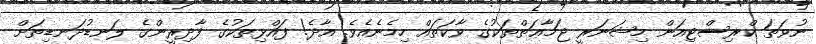
ނުވަތަ ކްރިސްޓިއަން މިޝަނަރީ ޖަމާޢަތްތަކުގެ ވާކަތައް ހިމެނެއެވެ. އާދެ! ފައްޅިތަކުގެ ފާދިރީންގެ ލަނޑުދަނޑިތަށް